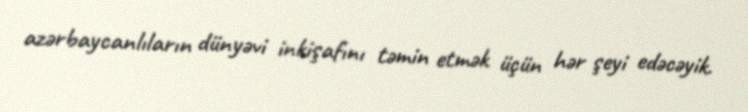
azərbaycanlıların dünyəvi inkişafını təmin etmək üçün hər şeyi edəcəyik.